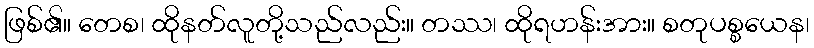
ဖြစ်၏။ တေစ၊ ထိုနတ်လူတို့သည်လည်း။ တဿ၊ ထိုရဟန်းအား။ စတုပစ္စယေန၊